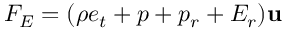
F _ { E } = ( \rho e _ { t } + p + p _ { r } + E _ { r } ) \mathbf { u }